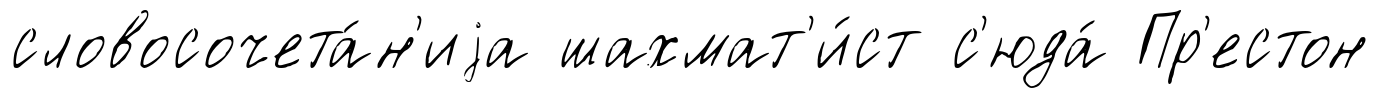
словосочета́н'иjа шахмат'и́ст с'юда́ Пр'естон